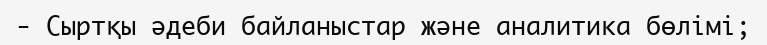
- Сыртқы әдеби байланыстар және аналитика бөлімі;